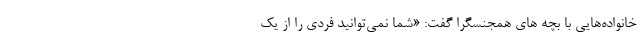
خانواده‌هایی با بچه های همجنسگرا گفت: «شما نمی‌توانید فردی را از یک